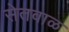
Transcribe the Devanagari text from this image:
सेतवाळ